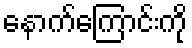
နောက်ကြောင်းကို